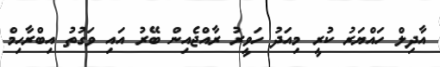
އާދިލް ހައްޔަރު ކުރީ މިއަދު ހަވީރު ރާއްޖެއިން ބޭރު އައި ވަގުތު އިބްރާހިމް